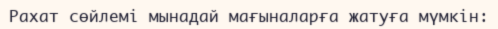
Рахат сөйлемі мынадай мағыналарға жатуға мүмкін: